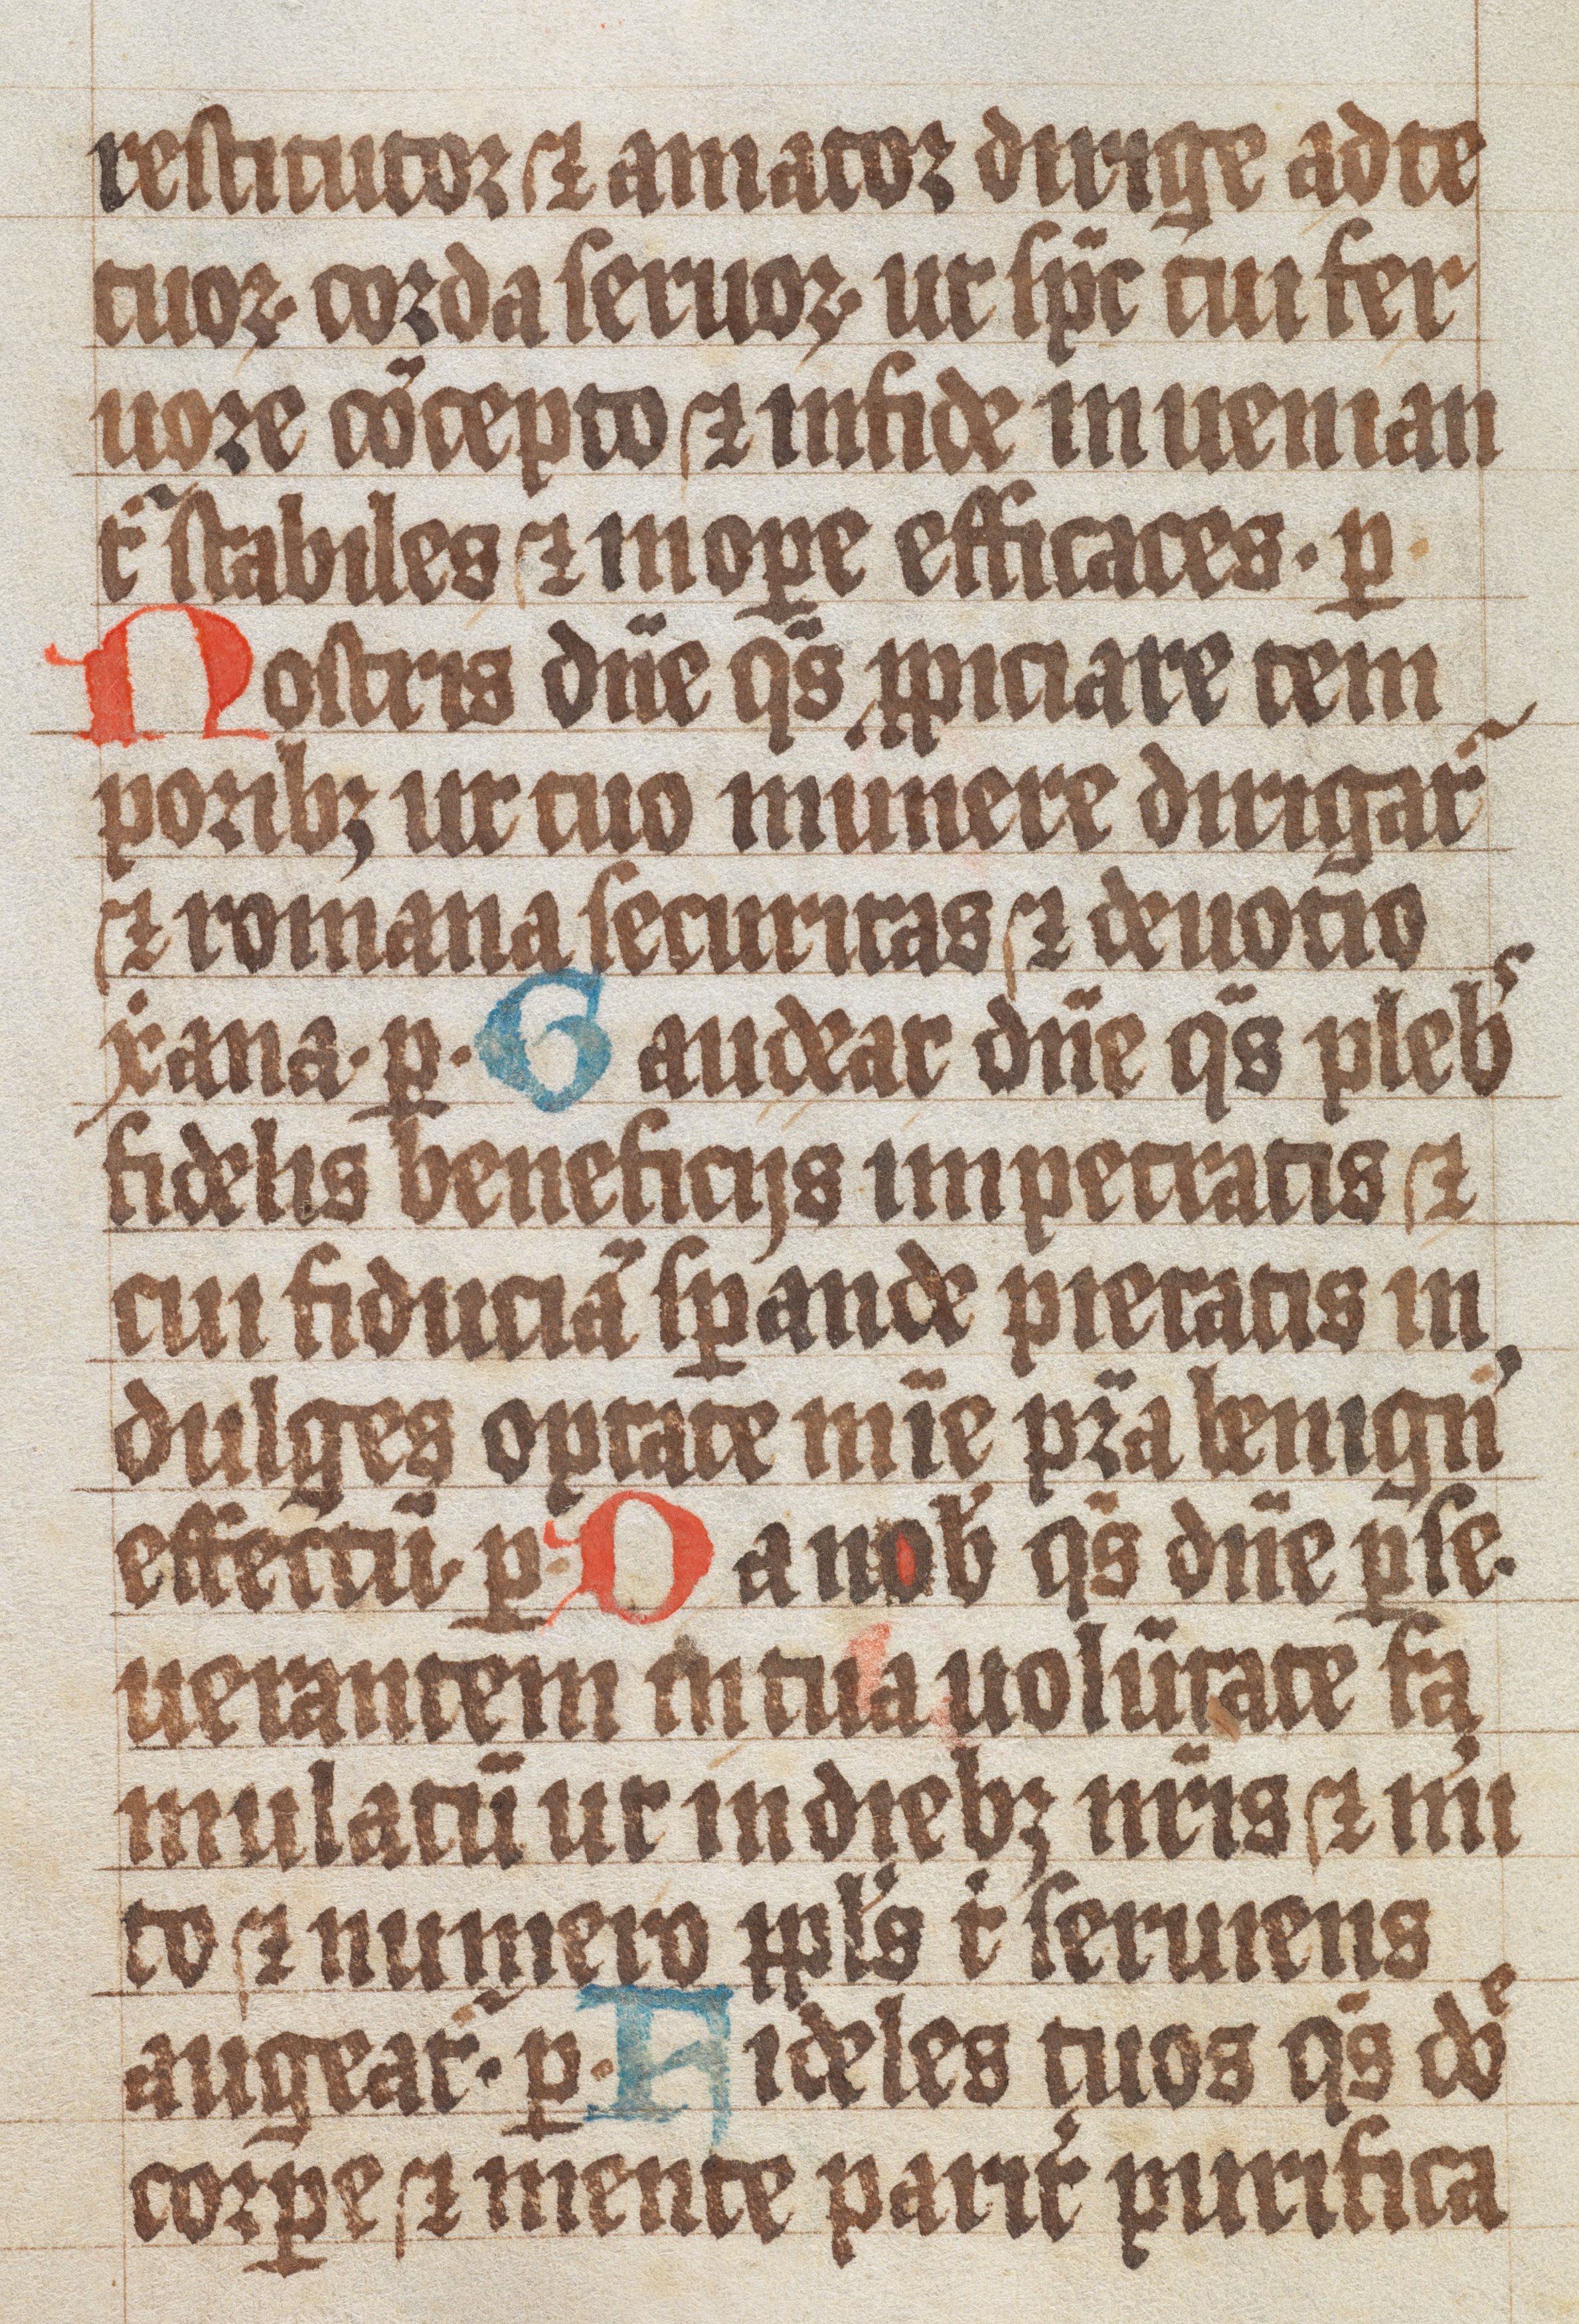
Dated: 1300–1499